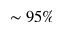
\sim 9 5 \%